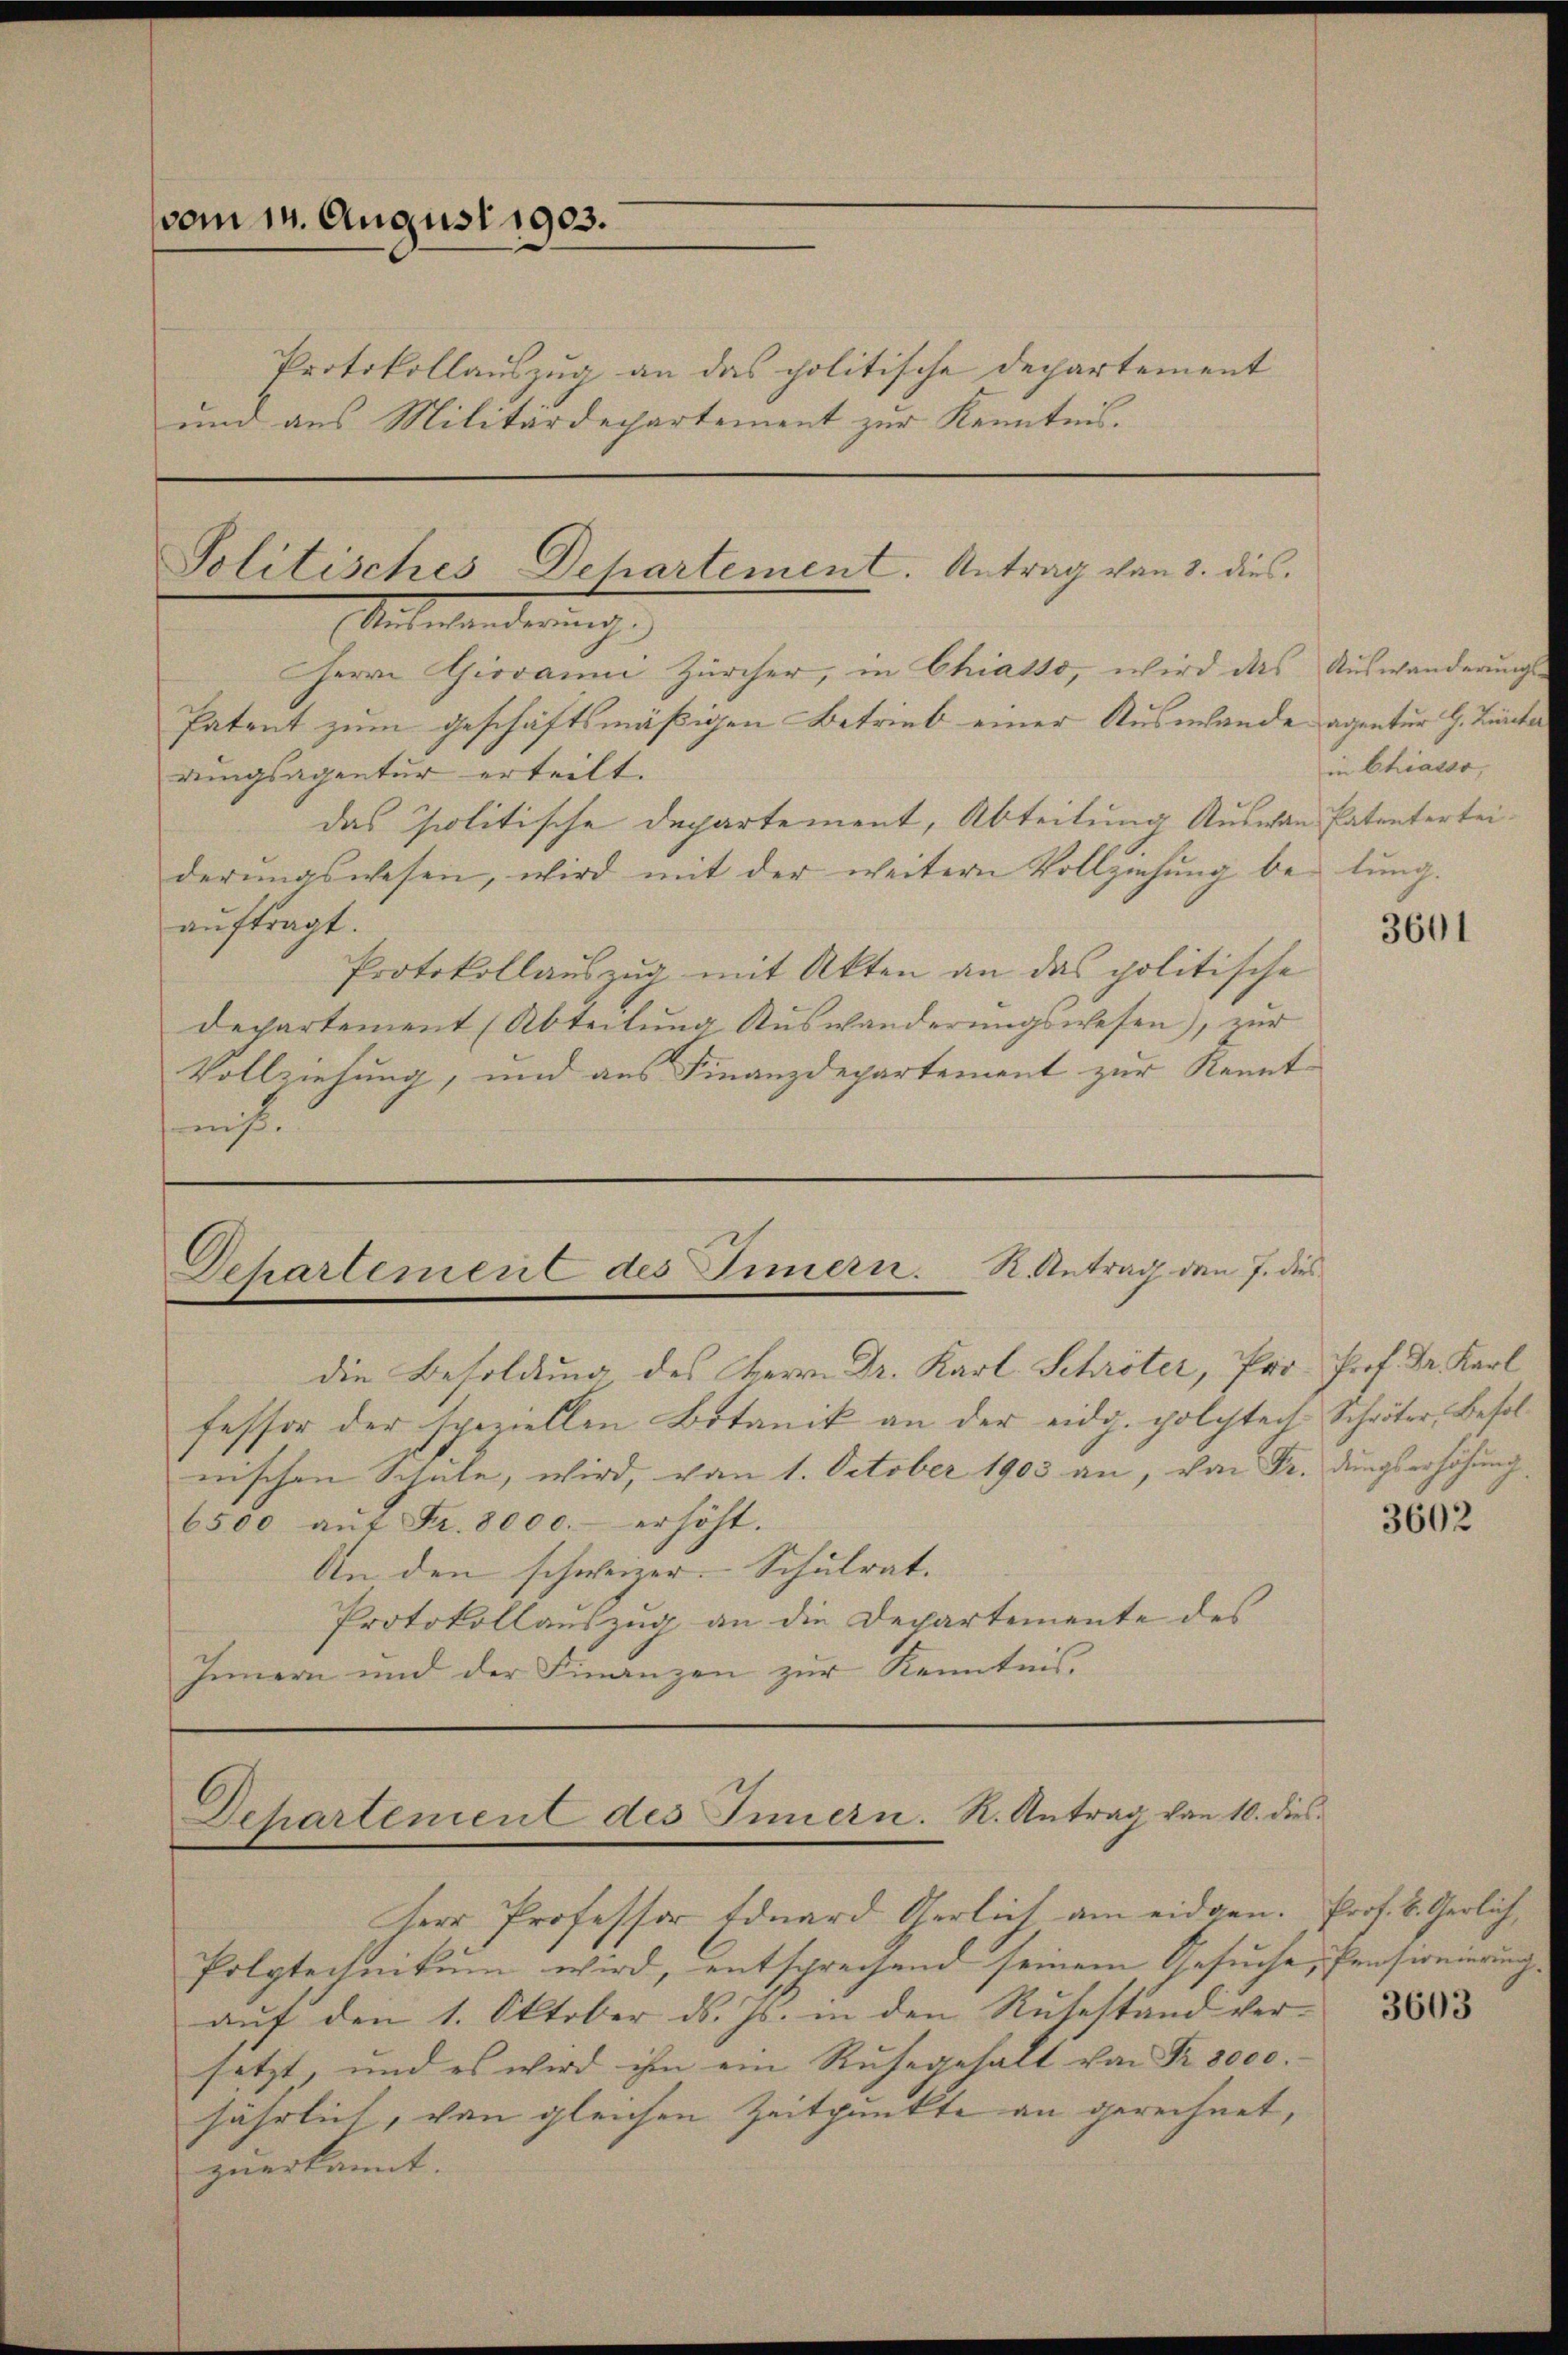
vom 14. August 1903.

Protokollauszug an das politische Departement
und aus Militärdepartement zur Kenntnis.

Politisches Dehartement. Antrag von 3. dies
Miterenderung

Herrn Giovanni Zürcher, in Chiasso, wird das
Patent zum geschäftsmäßigen Betrieb einer Auswande agentur G. Zucker
dungsagentur erteilt.
das Politische Departement, Abteilung Auswan Patenterteiderungswesen, wird mit der weitern Vollziehung be-
auftragt.
Protokollauszug mit Akten an das politische
departement (Abteilung Auswanderŭngswesen), zur
Vollziehung, und aus Finanzdepartement zur Kenntich.

Departement des Innern. R. Antrag den 7. dies

die Besoldung des Herrn Dr. Karl Schröter, Pri- Prof. Dr. Karl
fessor der speziellen Botanik an der eidg. polytech Schröter, Besolnischen Schule, wird, vom 1. October 1903 an, von Fr. dungserhöhung
6500 aŭf Fr. 8000.- erhöht.
An den schweizer. Schulrat.
Protokollauszug an die Departemente des
Innern und der Finanzen zur Kenntnis.

Dehartement des Innern. K. Antrag von 10. dies

Herr Professor Eduard Gerlich am eidgen.
Polytechnikum wird, entsprechend seinem Gesuche, Ernsweierung
auf den 1. Oktober d. Js. in den Ruhestand versetzt, und es wird ihm ein Ruhegehalt von Fr. 8000.
jährlich, von gleichen Zeitpunkte an gerechnet,
zuerkannt.

Auswanderungs-
in Chiasso,
lung.

3601

3602

Prof. B. Gerlich,

3603